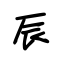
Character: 辰